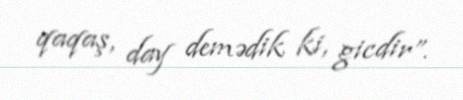
qaqaş, day demədik ki, gicdir”.